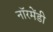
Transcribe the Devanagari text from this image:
नॉरमेंडी